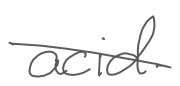
Text: acid
Cross-out: diagonal
Writing tool: digital_gray